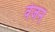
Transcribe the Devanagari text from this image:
वेजन